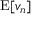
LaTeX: \operatorname { E } [ v _ { n } ]